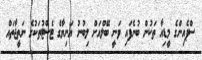
ސްޕެއިންގެ މީޑިއާ ތަކުން ބުނެފައި ވަނީ ބޭލްއަށް ލިބުނު އަނިޔާގެ ޓެސްޓުތަކުގެ ނަތީޖާތައް